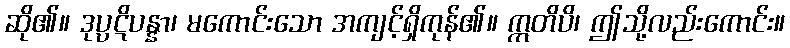
ဆို၏။ ဒုပ္ပဋိပန္နာ၊ မကောင်းသော အကျင့်ရှိကုန်၏။ ဣတိပိ၊ ဤသို့လည်းကောင်း။